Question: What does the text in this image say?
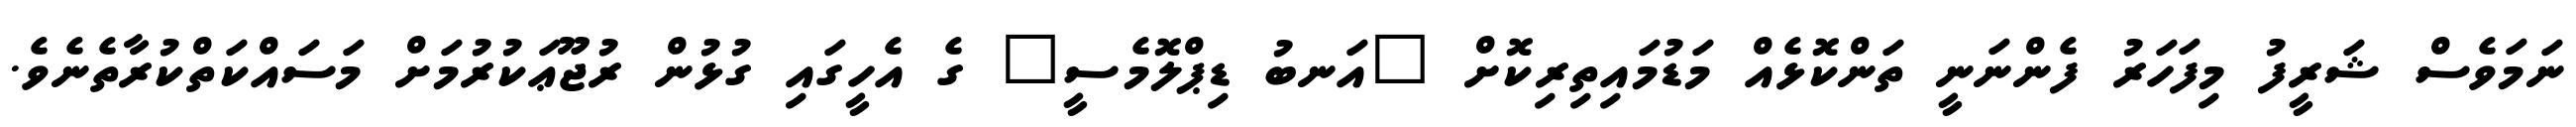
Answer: ނަމަވެސް ޝަރީފު މިފަހަރު ފެންނަނީ ތަންކޮޅެއް މަޑުމައިތިރިކޮށް "އަނބު ޑިޕްލޮމެސީ" ގެ އެހީގައި ގުޅުން ރުޖޫޢަކުރުމަށް މަސައްކަތްކުރާތެނެވެ.